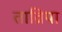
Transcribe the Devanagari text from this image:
ताव्रिया